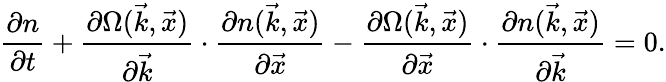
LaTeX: \frac{\partial n}{\partial t}+\frac{\partial\Omega(\vec{k},\vec{x})}{\partial\vec{k}}\cdot\frac{\partial n(\vec{k},\vec{x})}{\partial\vec{x}}-\frac{\partial\Omega(\vec{k},\vec{x})}{\partial\vec{x}}\cdot\frac{\partial n(\vec{k},\vec{x})}{\partial\vec{k}}=0.